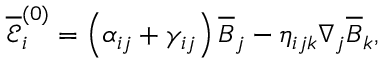
\overline { { \mathcal { E } } } _ { i } ^ { ( 0 ) } = \left( \alpha _ { i j } + \gamma _ { i j } \right) \overline { { B } } _ { j } - \eta _ { i j k } \nabla _ { j } \overline { { B } } _ { k } ,